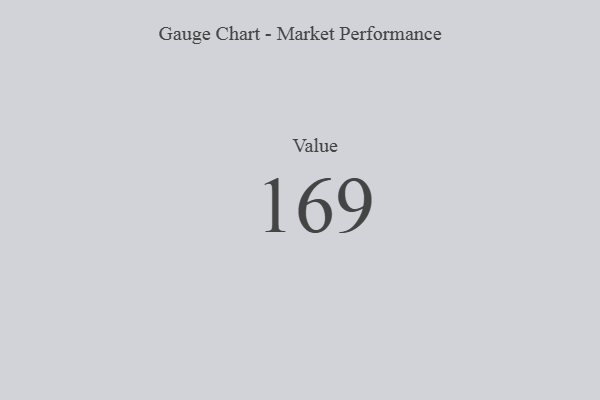
{"axis": {"x": "Metric", "y": "Value"}, "legend": [""], "data": [{"x": "Value", "y": 169, "type": ""}]}